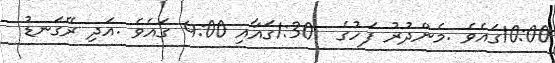
10:00ގައެވެ .މެންދުރު ފަހުގެ  1:30ގައާއި 4:00 ގައެވެ .އަދި ރޭގަނޑު